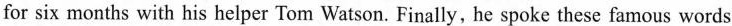
for six months with his helper Tom Watson. Finally, he spoke these famous words